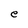
Character: e